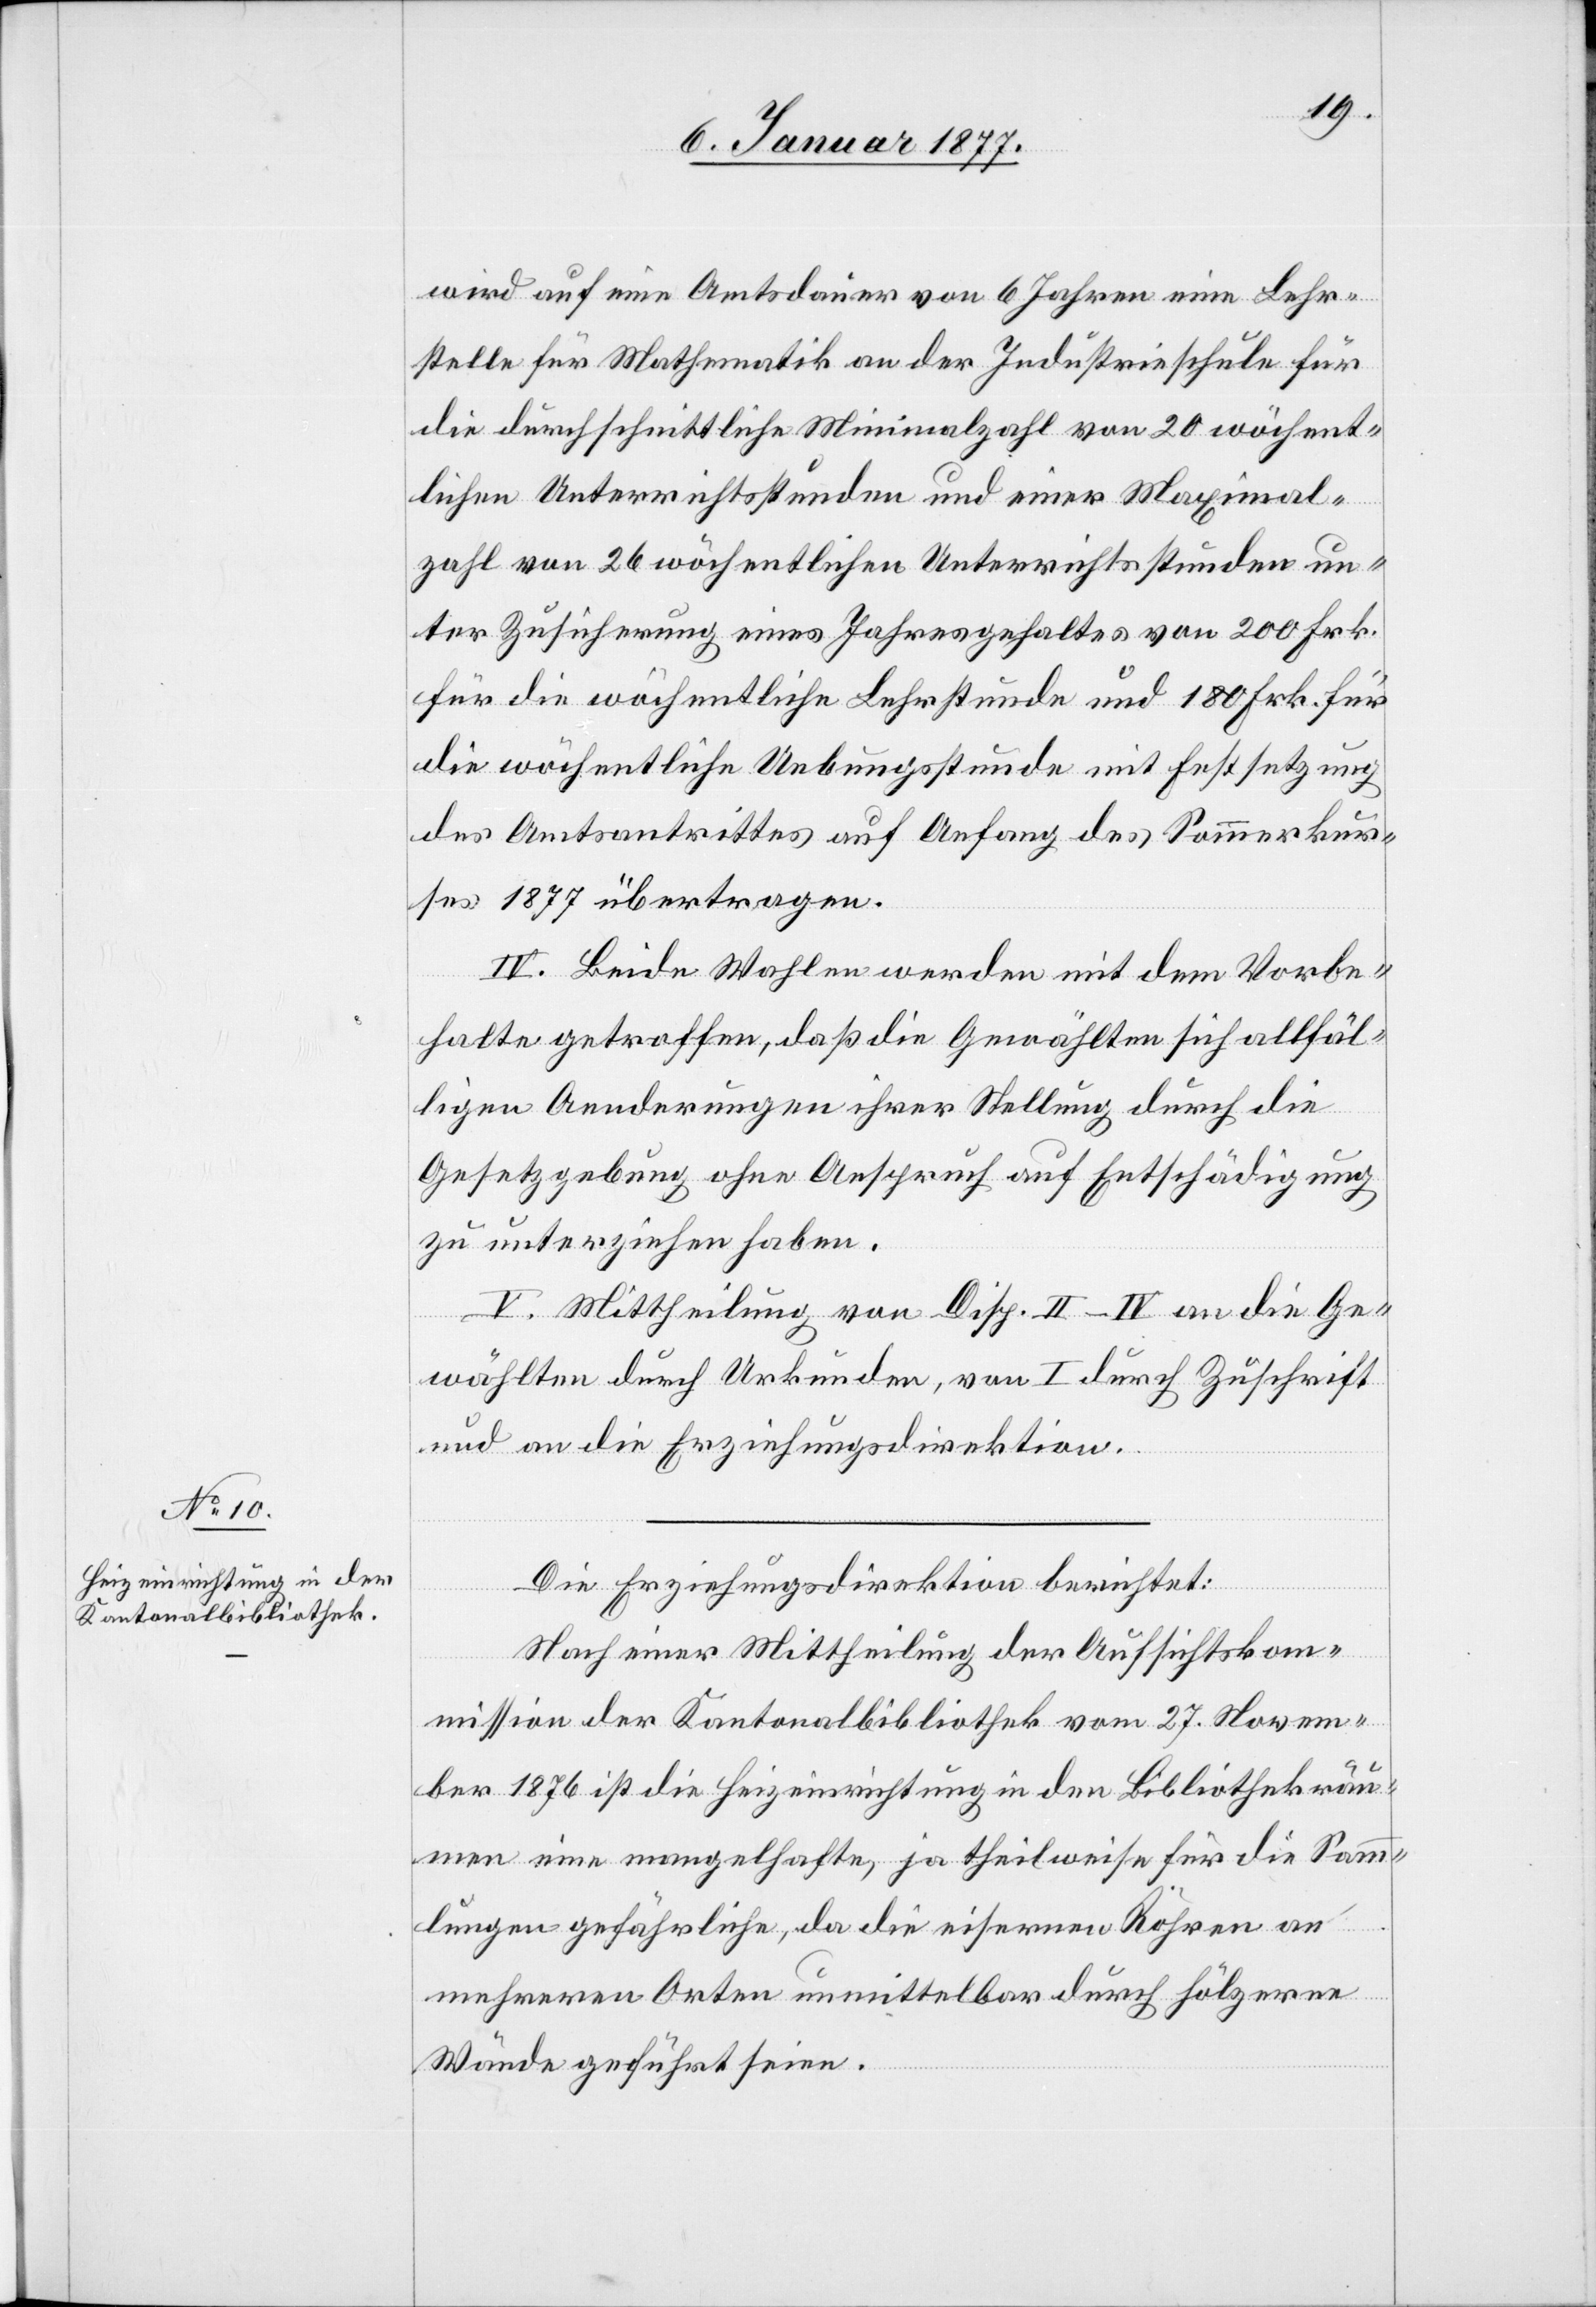
wird auf die Amtsdauer von 6 Jahren eine Lehr¬
stelle für Mathematik an der Industrieschule für
die durchschnittlichen Minimalzahl von 20 wöchent¬
lichen Unterrichtsstunden und einer Maximal¬
zahl von 26 wöchentlichen Unterrichtsstunden un¬
ter Zusicherung eines Jahresgehaltes von 200 Frk.
für die wöchentliche Lehrstunde und 180 Frk. für
die wöchentliche Uebungsstunde mit Festsetzung
des Amtsantrittes auf Anfang des Sommerkur¬
ses 1877 übertragen.
IV. Beide Wahlen werden mit dem Vorbe¬
halte getroffen, daß die Gewählten sich allfäl¬
ligen Aenderungen ihrer Stellung durch die
Gesetzgebung ohne Anspruch auf Entschädigung
zu unterziehen haben.
V. Mittheilung von Disp. II–IV. an die Ge¬
wählten durch Urkunden, von I durch Zuschrift
und an die Erziehungsdirektion.
Die Erziehungsdirektion berichtet:
Nach einer Mittheilung der Aufsichtskom¬
mission der Kantonalbibliothek vom 27. Novem¬
ber 1876 ist die Heizeinrichtung in den Bibliothekräu¬
men eine mangelhafte, ja theilweise für die Samm¬
lungen gefährliche, da die eisernen Röhren an
mehreren Orten unmittelbar durch hölzerne
Wände geführt seien.